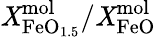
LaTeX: \mathit{X}_{\mathrm{{FeO}}_{1.5}}^{\mathrm{{mol}}}/\mathit{X}_{\mathrm{{FeO}}}^{\mathrm{{mol}}}